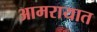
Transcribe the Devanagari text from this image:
आमरायात